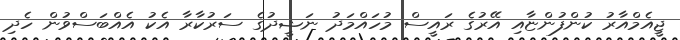
ޖީއެމްއާރު ކުންފުންޏާއި އޭރުގެ ރައީސް މުހައްމަދު ނަޝީދުގެ ސަރުކާރާ އެކު އެއްބަސްވުން ހެދި